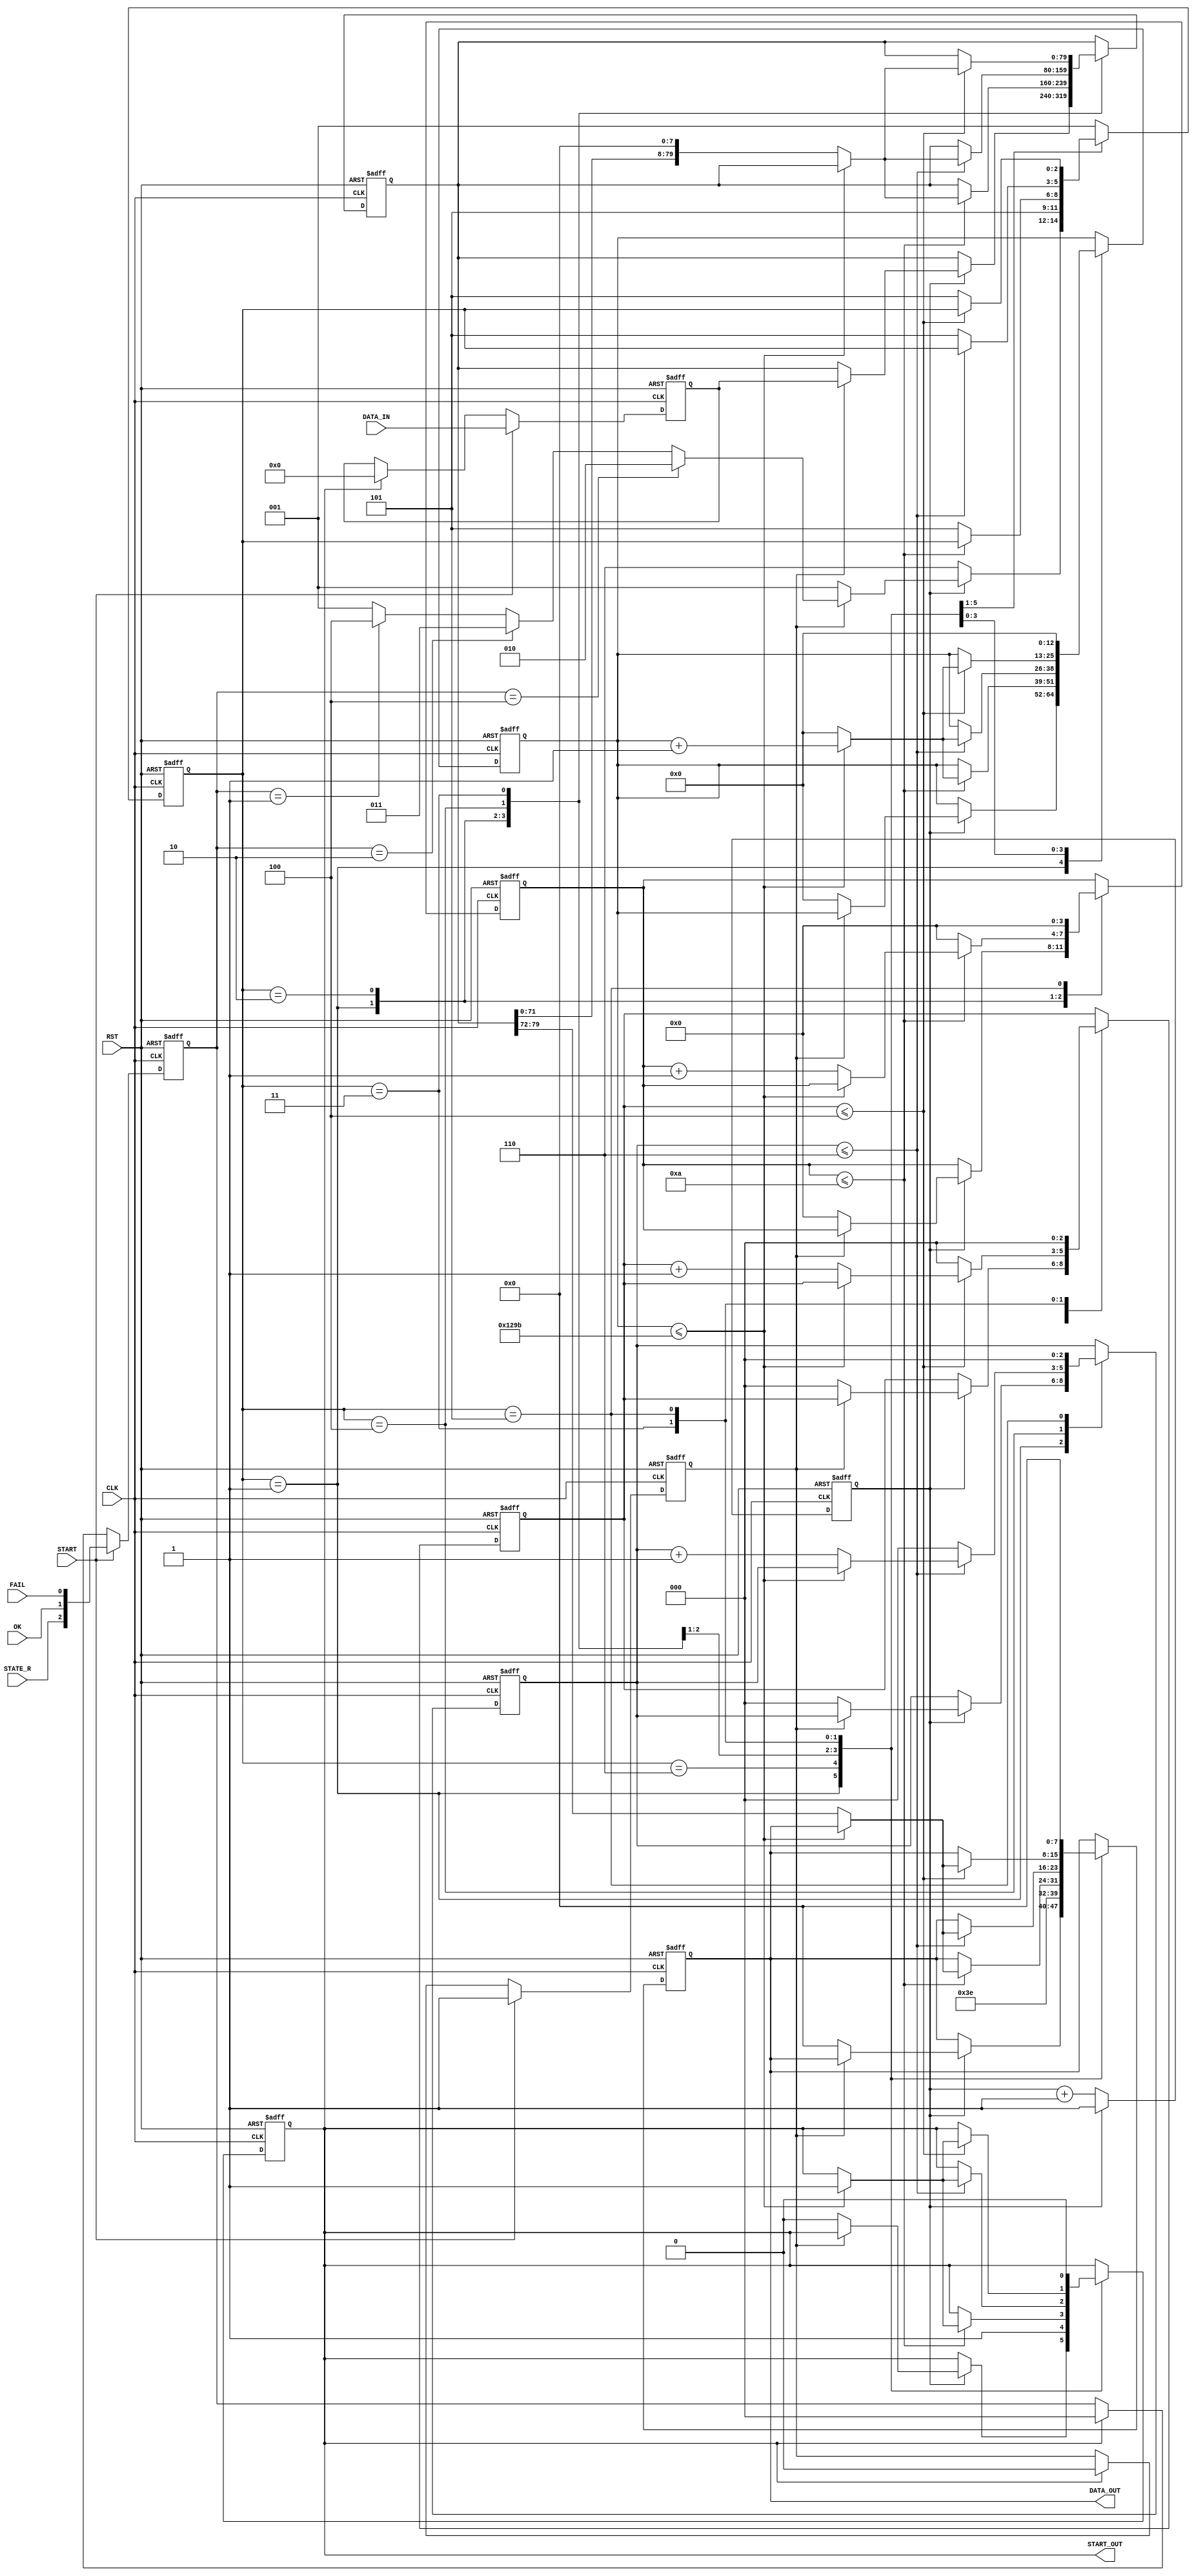
`timescale 1ns / 1ps

module UART_PRO_TX(
	input wire			CLK,
	input wire			RST,
	input wire [79:0]	DATA_IN,
	input wire			FAIL,
	input wire			OK,
	input wire			STATE_R,
	input wire			START,	

	output  reg			START_OUT,
	output  reg [7:0]	DATA_OUT
	);

	reg [79:0] 	DATA_BUF_1;
	reg [79:0] 	DATA_BUF_2;
	reg [3:0] 	CNT_R;
	reg [2:0] 	CNT_OK;
	reg [2:0] 	CNT_FAIL;
	reg [12:0] 	CNT_BIT;
	reg [2:0]	STATE;
	reg 		BEGIN;
	reg 		RESET;
	reg [2:0] 	STATE_BUF;
	
	// STATEs of STATE machine
	parameter 		IDLE 		= 3'b001;
	parameter 		STATE_READ 	= 3'b010;
	parameter 		STATE_OK 	= 3'b011;
	parameter 		STATE_FAIL 	= 3'b100;
	parameter 		STOP	 	= 3'b101;
	parameter 		STATE_RESET	= 3'b110;

	always @(posedge CLK or posedge RST) begin
		if (RST) begin
			// reset
			RESET <= 0;
		end
		else if (RESET == 0) begin
			RESET <= RESET + 1;
		end
	end

	always @(posedge CLK or posedge RST) begin
		if (RST) begin
			// reset
			DATA_BUF_1 	<= 80'b0;
			STATE_BUF 	<= 3'b0;
			BEGIN 		<= 1'b0;
		end
		else if (START) begin
			DATA_BUF_1 	<= DATA_IN;
			STATE_BUF 	<= { STATE_R, OK, FAIL };
			BEGIN 		<= 1'b1;
		end
		else if (START_OUT) begin
			DATA_BUF_1 	<= 80'b0;
			STATE_BUF 	<= 3'b0;
			BEGIN 		<= 1'b0;
		end
		else begin
			DATA_BUF_1 	<= DATA_BUF_1;
		end
	end

	always @(posedge CLK or posedge RST) begin
		if (RST) begin
			// reset
			DATA_OUT 	<= 8'b0;
			CNT_R	 	<= 4'b0;
			CNT_OK	 	<= 3'b0;
			CNT_FAIL	<= 3'b0;
			STATE 	 	<= IDLE;
			START_OUT 	<= 1'b0;
			CNT_BIT 	<= 13'b0;
			DATA_BUF_2 	<= 80'b0;
		end
		else begin
			case (STATE)
				default: begin
					STATE <= IDLE;
				end

				IDLE: begin
					if (!RESET) begin
						STATE <= STATE_RESET;
					end
					else begin
						if (BEGIN == 1'b1) begin
							DATA_BUF_2 <= DATA_BUF_1;
							if (STATE_BUF == 3'b100) begin
								STATE <= STATE_READ;
							end
							else if (STATE_BUF == 3'b010) begin
								STATE <= STATE_OK;
							end
							else if (STATE_BUF == 3'b001) begin
								STATE <= STATE_FAIL;
							end
							else begin
								STATE <= IDLE;
							end
						end
						else begin
							DATA_OUT 	<= 8'b0;
							CNT_R	 	<= 4'b0;
							CNT_OK	 	<= 3'b0;
							CNT_FAIL	<= 3'b0;
							STATE  		<= IDLE;
							START_OUT 	<= 1'b0;
							CNT_BIT 	<= 13'b0;
						end
					end
				end

				STATE_RESET: begin
					DATA_OUT 	<= 8'h3E;
					START_OUT 	<= 1'b1;
					STATE 		<= STOP;
				end
				
				STATE_READ: begin
					if (CNT_R <= 4'b1010) begin
						if (CNT_BIT 	<= 13'b1_0010_1001_1011) begin
							START_OUT 	<= 1'b1;
							CNT_BIT 	<= CNT_BIT + 13'b1;
						end
						else begin
							DATA_OUT 	<= DATA_BUF_2[79:72];
							DATA_BUF_2 	<= DATA_BUF_2 << 8;
							CNT_R 		<= CNT_R + 4'b1;
							CNT_BIT 	<= 13'b0;
						end
					end
					else begin
						CNT_R 	<= 4'b0;
						STATE 	<= STOP;
					end
				end

				STATE_FAIL: begin
					if (CNT_FAIL <= 3'b110) begin
						if (CNT_BIT 	<= 13'b1_0010_1001_1011) begin
							START_OUT 	<= 1'b1;
							CNT_BIT 	<= CNT_BIT + 13'b1;
						end
						else begin
							DATA_OUT 	<= DATA_BUF_2[79:72];
							DATA_BUF_2 	<= DATA_BUF_2 << 8;
							CNT_FAIL 	<= CNT_FAIL + 3'b1;
							CNT_BIT 	<= 13'b0;
						end
					end
					else begin
						CNT_FAIL 	<= 3'b0;
						STATE 		<= STOP;
					end
				end

				STATE_OK: begin
					if (CNT_OK <= 3'b100) begin
						if (CNT_BIT 	<= 13'b1_0010_1001_1011) begin
							START_OUT 	<= 1'b1;
							CNT_BIT 	<= CNT_BIT + 13'b1;
						end
						else begin
							DATA_OUT 	<= DATA_BUF_2[79:72];
							DATA_BUF_2 	<= DATA_BUF_2 << 8;
							CNT_OK 		<= CNT_OK + 3'b1;
							CNT_BIT 	<= 13'b0;
						end
					end
					else begin
						CNT_OK 	<= 3'b0;
						STATE 	<= STOP;
					end
				end

				STOP: begin
					DATA_OUT 	<= 8'b0;
					CNT_R	 	<= 4'b0;
					CNT_OK	 	<= 3'b0;
					CNT_FAIL	<= 3'b0;
					STATE  		<= IDLE;
					START_OUT 	<= 1'b0;
					CNT_BIT 	<= 13'b0;
				end

			endcase
		end
	end

endmodule